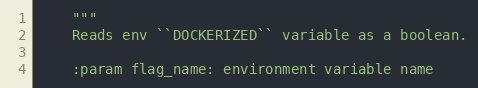
Language: Python
    """
    Reads env ``DOCKERIZED`` variable as a boolean.

    :param flag_name: environment variable name